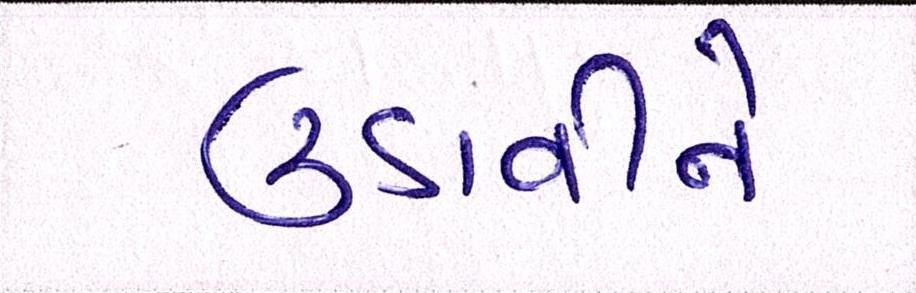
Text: ઉડાવીને